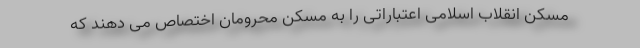
مسکن انقلاب اسلامی اعتباراتی را به مسکن محرومان اختصاص می دهند که